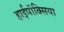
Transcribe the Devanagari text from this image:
हाईपॉक्सिया